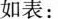
如表：